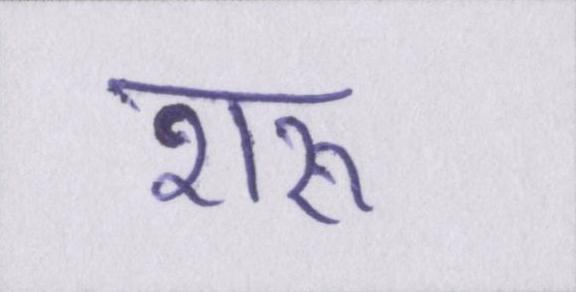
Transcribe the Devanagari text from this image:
शरू